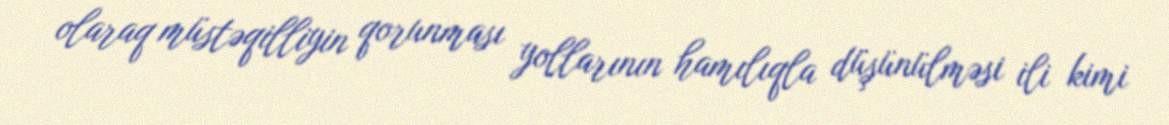
olaraq müstəqilliyin qorunması yollarının hamılıqla düşünülməsi ili kimi